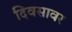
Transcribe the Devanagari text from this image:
दिवसावर